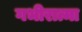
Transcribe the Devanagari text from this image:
गभीरात्मा